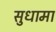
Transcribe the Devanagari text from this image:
सुधामा